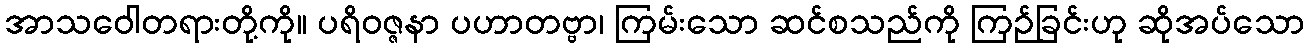
အာသဝေါတရားတို့ကို။ ပရိဝဇ္ဇနာ ပဟာတဗ္ဗာ၊ ကြမ်းသော ဆင်စသည်ကို ကြဉ်ခြင်းဟု ဆိုအပ်သော